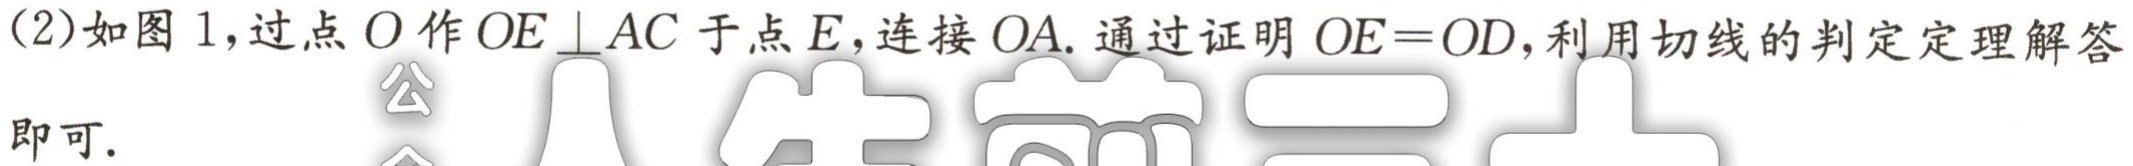
(2)如图1,过点\(O\)作\(OE\perp AC\)于点\(E\),连接\(OA\).通过证明\(OE = OD\),利用切线的判定定理解答即可.